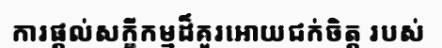
ការផ្តល់សក្ខីកម្មដ៏គួរអោយជក់ចិត្ត របស់